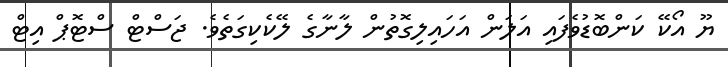
ޔޫ އޯކޭ ކަންބޮޑުވެފައި އަލަން އަހައިލިގޮތުން ލާނާގެ ލޭކެކިގަތެވެ. ޖަސްޓް ސްޓޮޕް އިޓް